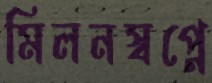
মিলনস্বপ্নে